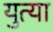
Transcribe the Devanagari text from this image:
युत्या